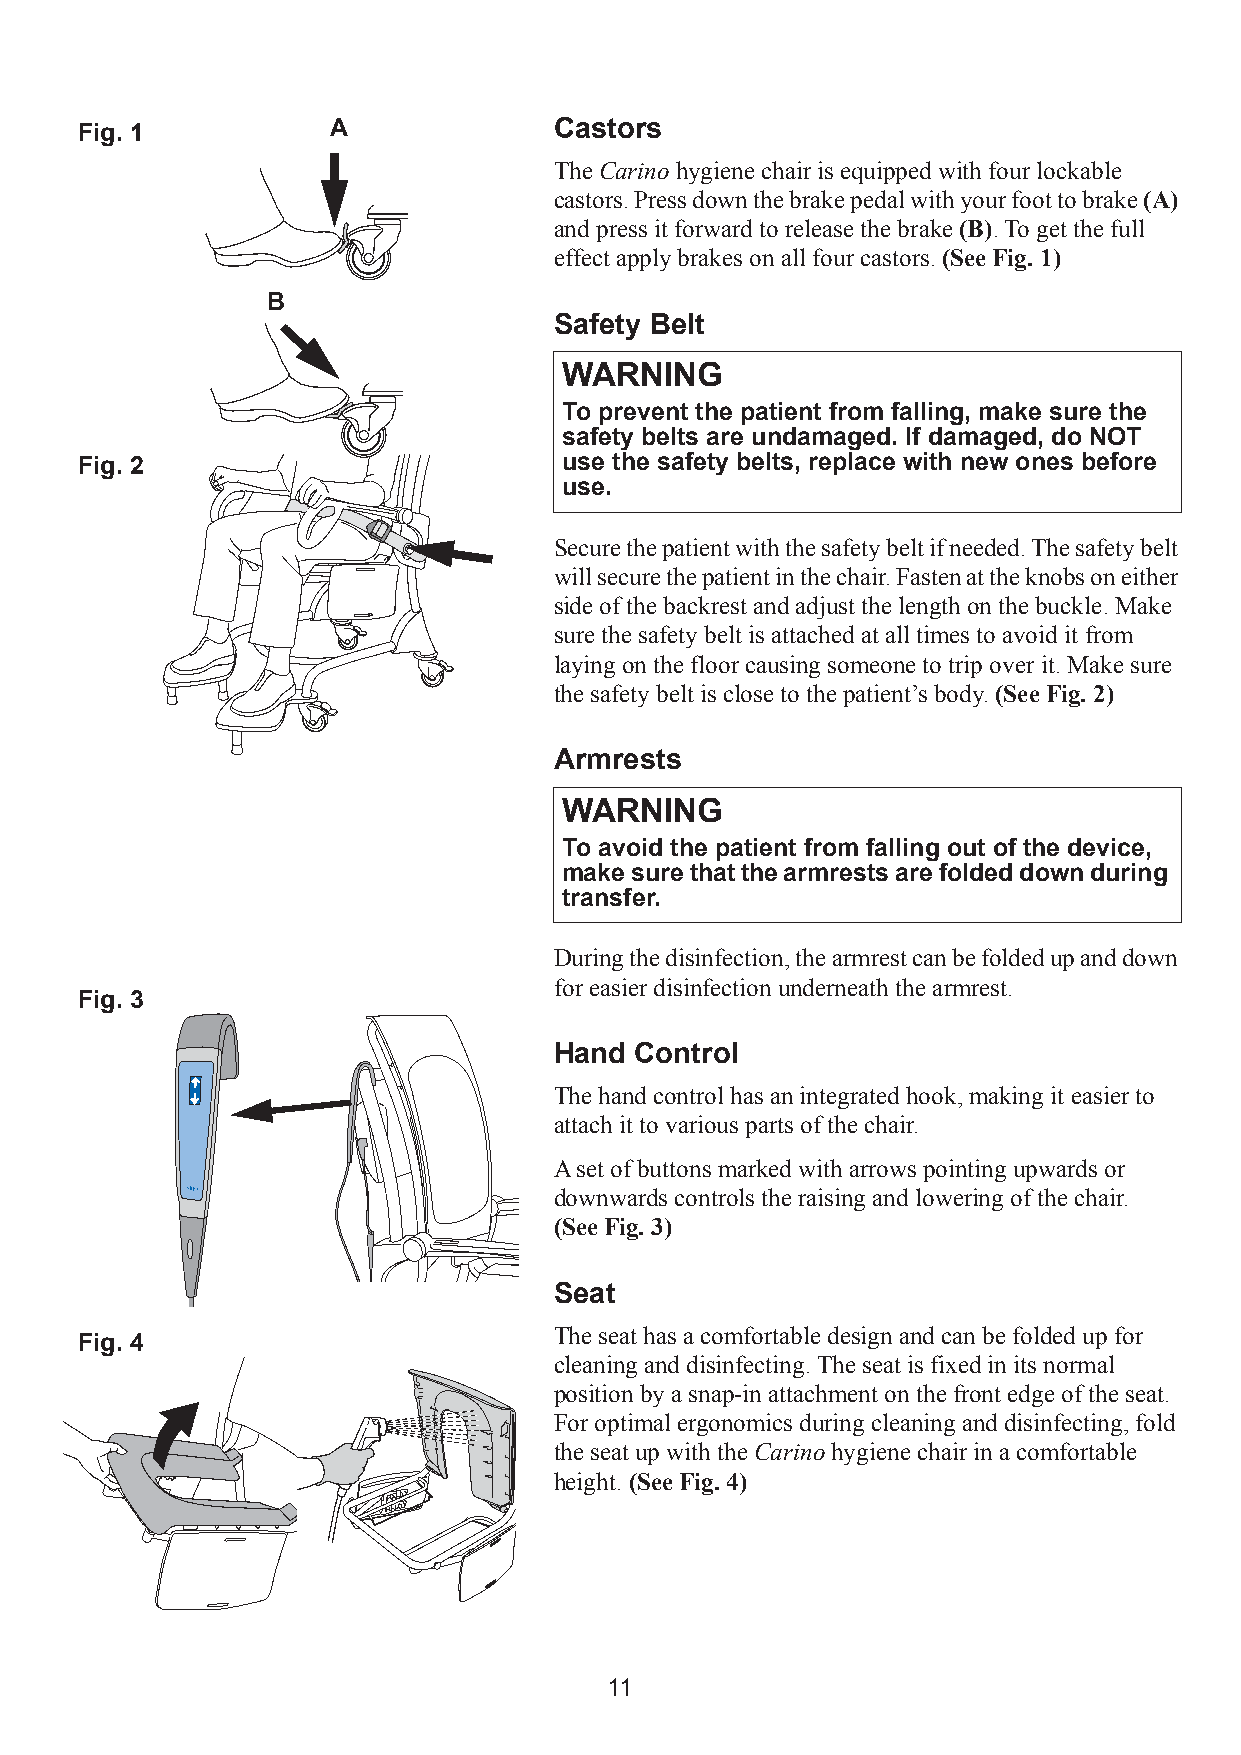
Fig. 1           A              Castors
 The Carino hygiene chair is equipped with four lockable
 castors. Press down the brake pedal with your foot to brake (A)
 and press it forward to release the brake (B). To get the full
 effect apply brakes on all four castors. (SeeFig. 1)
 B
 Safety Belt
 WARNING
 To prevent the patient from falling, make sure the
 safety belts are undamaged. If damaged, do NOT
 Fig. 2                          use the safety belts, replace with new ones before
 use.
 Secure the patient with the safety belt if needed. The safety belt
 will secure the patient in the chair. Fasten at the knobs on either
 side of the backrest and adjust the length on the buckle. Make
 sure the safety belt is attached at all times to avoid it from
 laying on the floor causing someone to trip over it. Make sure
 the safety belt is close to the patient’s body. (See Fig.2)
 Armrests
 WARNING
 To avoid the patient from falling out of the device,
 make sure that the armrests are folded down during
 transfer.
 During the disinfection, the armrest can be folded up and down
 for easier disinfection underneath the armrest.
 Fig. 3
 Hand Control
 The hand control has an integrated hook, making it easier to
 attach it to various parts of the chair.
 A set of buttons marked with arrows pointing upwards or
 downwards controls the raising and lowering of the chair.
 (SeeFig. 3)
 Seat
 The seat has a comfortable design and can be folded up for
 Fig. 4
 cleaning and disinfecting. The seat is fixed in its normal
 position by a snap-in attachment on the front edge of the seat.
 For optimal ergonomics during cleaning and disinfecting, fold
 the seat up with the Carino hygiene chair in a comfortable
 height. (SeeFig.4)
 11